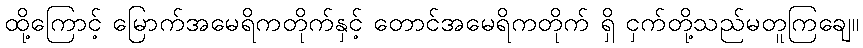
ထို့ကြောင့် မြောက်အမေရိကတိုက်နှင့် တောင်အမေရိကတိုက် ရှိ ငှက်တို့သည်မတူကြချေ။